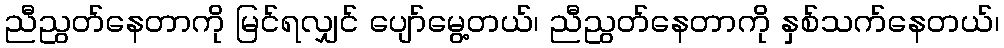
ညီညွတ်နေတာကို မြင်ရလျှင် ပျော်မွေ့တယ်၊ ညီညွတ်နေတာကို နှစ်သက်နေတယ်၊